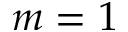
m = 1